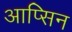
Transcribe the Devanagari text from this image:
आप्सिन